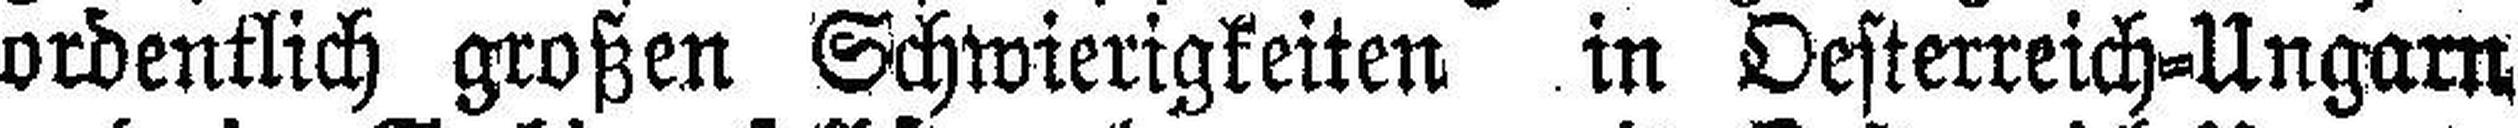
ordentlich großen Schwierigkeiten in Oesterreich=Ungarn